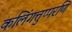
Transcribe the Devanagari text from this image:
कलिंगत्तुप्परणि